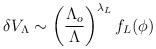
LaTeX: \begin{align*}\delta V_{\Lambda}\sim\left(\frac{\Lambda_{o}}{\Lambda}\right)^{\lambda_{L}}f_{L}(\phi)\end{align*}